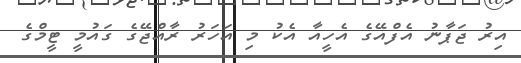
އިރު ޖަޕާނު އެފްއޭގެ އެހީއާ އެކު މި އަހަރު ރާއްޖޭގެ ގައުމީ ޓީމްގެ